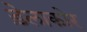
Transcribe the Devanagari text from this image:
ड़ेलाकोर